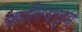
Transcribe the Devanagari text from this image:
कलियाट्टम